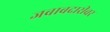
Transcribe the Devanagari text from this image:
जबाबदारीवर